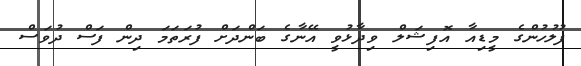
ފުލުހުންގެ މީޑިއާ އޮފިޝަލް ވިދާޅުވީ އޭނާގެ ބަންދަށް ފުރަތަމަ ދިން ފަސް ދުވަސް